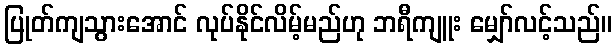
ပြုတ်ကျသွားအောင် လုပ်နိုင်လိမ့်မည်ဟု ဘရီကျူး မျှော်လင့်သည်။